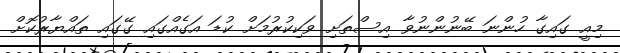
މިއީ ގައިގާ ހުންނަ ބޭނުންނުވާ އިސްތަށި ވަކިކުރުމަށް ކުޑަ އަގެއްގައި ގޭގައި ތައްޔާރުކޮށް